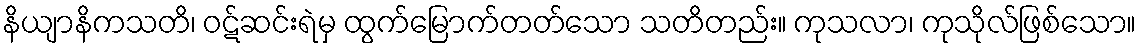
နိယျာနိကသတိ၊ ဝဋ်ဆင်းရဲမှ ထွက်မြောက်တတ်သော သတိတည်း။ ကုသလာ၊ ကုသိုလ်ဖြစ်သော။